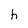
Character: h